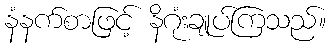
နံနက်စာဖြင့် နိဂုံးချုပ်ကြသည်။